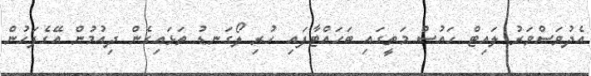
އެދުވަސްވަރު ލައިޓް ހައުސް މަތީގައި ބަހައްޓާފައި ހުރި ލޯގަނޑު ތަޅައިގެން ދިއުމުން އޭގެފަހުން